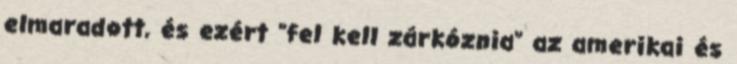
elmaradott, és ezért "fel kell zárkóznia" az amerikai és